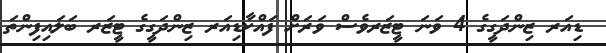
ޑިއަރ ޒިންދަގީގެ 4 ވަނަ ޓީޒަރވެސް ވަރަށް ފައްކާޑިއަރ ޒިންދަގީގެ ޓީޒަރ ބަލައިފިންތަ